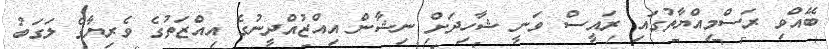
ބޭއްވި ރަސްމިއްޔާތުގައި ރައީސް ވަނީ ޝާހިދަށް ނިޝާން އިއްޒުއްދީނުގެ އިއްޒަތުގެ ވެރިޔާގެ ލަގަބު